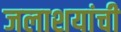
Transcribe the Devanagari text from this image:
जलाशयांची